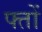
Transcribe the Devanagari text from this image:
फ्तों